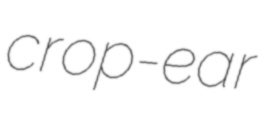
crop-ear